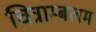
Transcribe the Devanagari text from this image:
चित्राम्बलम